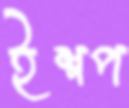
ইশপ